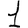
Digit: 1